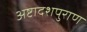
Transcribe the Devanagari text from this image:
अष्टादशपुराण